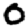
Digit: 0